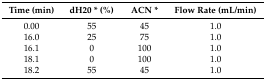
| Time (min) | dH20 * (%) | ACN * | Flow Rate (mL/min) |
 | --- | --- | --- | --- |
 | 0.00 | 55 | 45 | 1.0 |
 | 16.0 | 25 | 75 | 1.0 |
 | 16.1 | 0 | 100 | 1.0 |
 | 18.1 | 0 | 100 | 1.0 |
 | 18.2 | 55 | 45 | 1.0 |